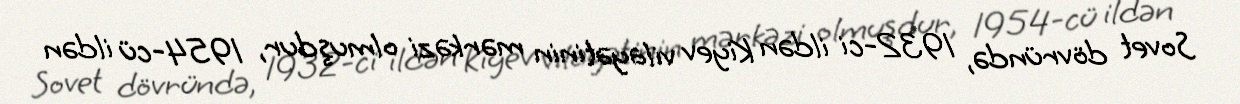
Sovet dövründə, 1932-ci ildən Kiyev vilayətinin mərkəzi olmuşdur, 1954-cü ildən